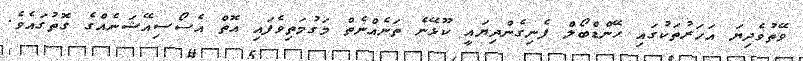
ވޭތުވެދިޔަ އަހަރުތަކުގައި ހޭންޑްބޯލް ފެނިގެންދިޔައީ ކޫޅޭނެ ތަނެއްނެތް މަގުމަތިވެފައި އޮތް އެސޯސިއޭޝަނެއްގެ ގޮތުގައެވެ.